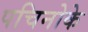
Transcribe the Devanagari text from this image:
पचिनोके